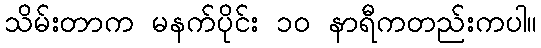
သိမ်းတာက မနက်ပိုင်း ၁၀ နာရီကတည်းကပါ။